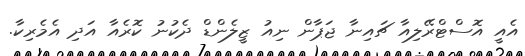
އެއީ އޮސްޓްރޭލިއާ ޗައިނާ ޖަޕާން ނިއު ޒީލެންޑް ދެކުނު ކޮރެއާ އަދި އެމެރިކާ.